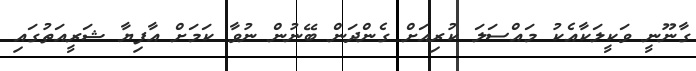
ގާނޫނީ ވަކީލަކާއެކު މައްސަލަ ކުރިއަށް ގެންދަން ބޭނުން ނުވާ ކަމަށް އާފިޔާ ޝަރީއަތުގައި